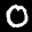
Label: 0